Lunatic asylums Madras 1892-1911 - 1892-1911
Year: 1892
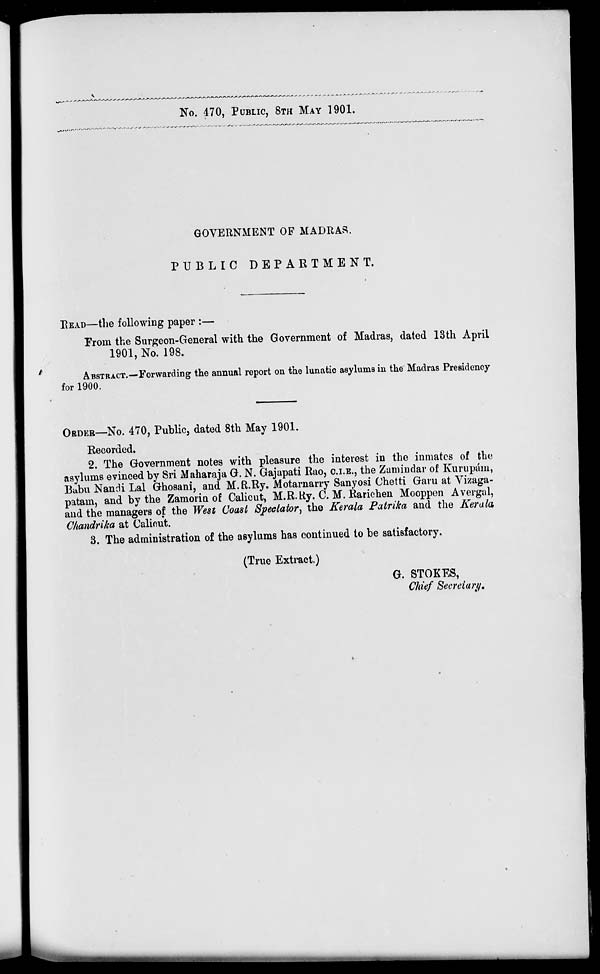
.A^AA'^AA/
r ~*» >» ^v **. .*v ^*#S^S **
No. 470, PUBLIC, 8TH MAY 1901.
GOVERNMENT OP MADRAS.
PUBLIC DEPARTMENT.
READ—the following paper :—
Prom the Surgeon-General with the Government of Madras, dated 13th April
1901, No. 198.
ABSTRACT.—Forwarding the annual report on the lunatic asylums in the Madras Presidency
for 1900.
OBDER—NO. 470, Public, dated 8th May 1901.
Recorded.
2. The Government notes with pleasure the interest in the inmates of the
asylums evinced by Sri Maharaja G. N. Gajapati Rao, C.I.E., the Zamindar of Kurupam,
Babu Nancli Lai Ghosani, and M.R.Ry. Motarnarry Sanyosi Chetti Garu at Vizaga-
patam, and by the Zamorin of Calicut, M.R.Ry. C. M. Rarichen Mooppen Avergal,
and the managers of the West Coast Spectator, the Kerala Patrika and the Kerala
Chandrika at Calicut.
3. The administration of the asylums has continued to be satisfactory.
(True Extract.)
G. STOKES,
Chief Secretary4